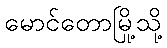
မောင်တောမြို့သို့